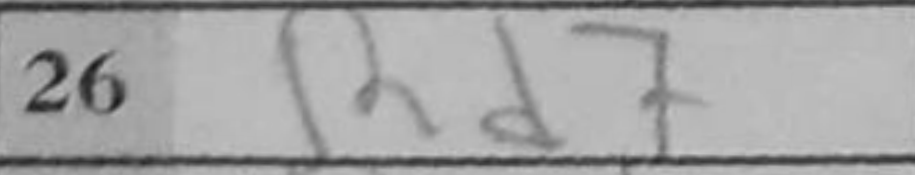
Transcription: Rd7